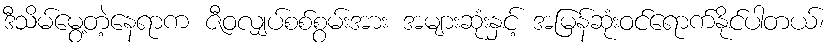
ဒီသိမ်မွေ့တဲ့နေရာက ဇီဝလျှပ်စစ်စွမ်းအား အများဆုံးနှင့် အမြန်ဆုံးဝင်ရောက်နိုင်ပါတယ်၊